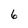
Character: 6